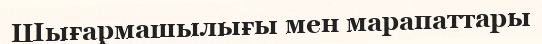
Шығармашылығы мен марапаттары